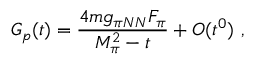
G _ { p } ( t ) = \frac { 4 m g _ { \pi N N } F _ { \pi } } { M _ { \pi } ^ { 2 } - t } + { \cal O } ( t ^ { 0 } ) ~ ,